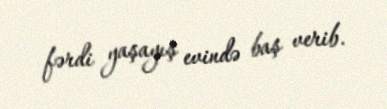
fərdi yaşayış evində baş verib.